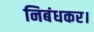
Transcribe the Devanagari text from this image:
निबंधकर।